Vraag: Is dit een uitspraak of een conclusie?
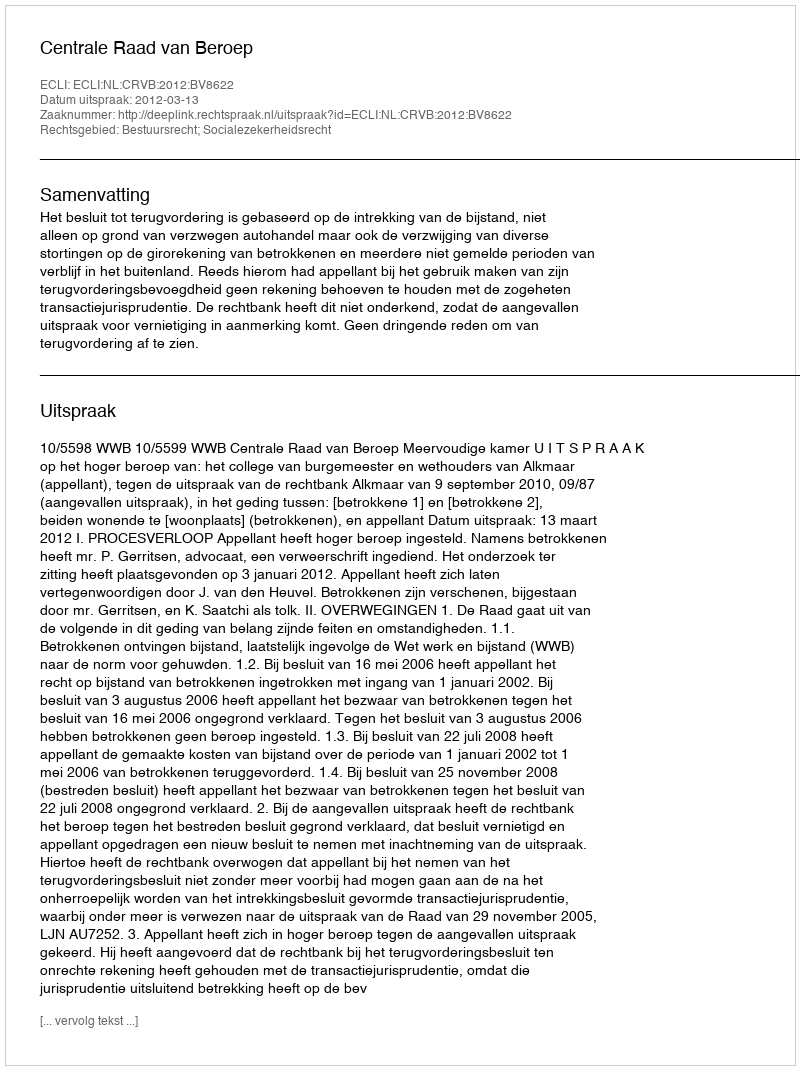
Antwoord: Uitspraak